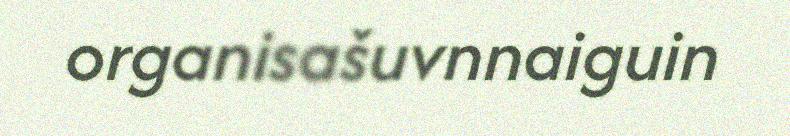
organisašuvnnaiguin